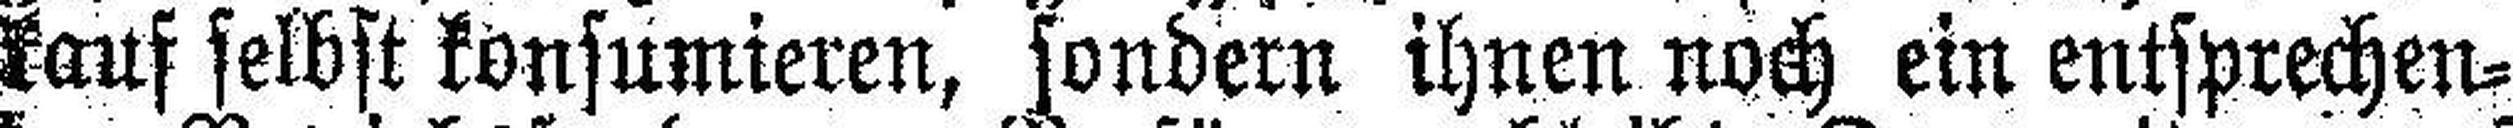
kauf selbst konsumieren, sondern ihnen noch ein entsprechen¬